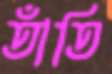
তাঁতি